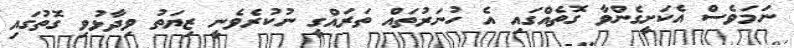
ނަމަވެސް އެކަށީގެންވާ ގޮތެއްގައި އެ ހުނަރުތައް ތަރައްގީ ނުކުރެވެނީ ޒިޔަތު ވިދާޅުވި ގޮތުގައި